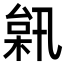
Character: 𣔗